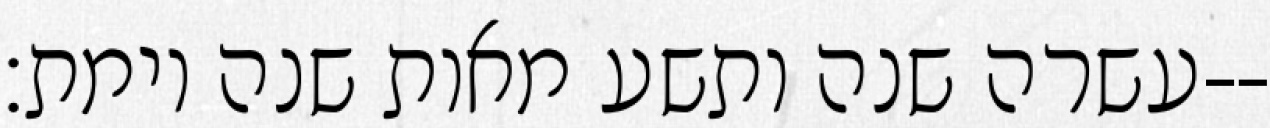
עשרה שנה ותשע מאות שנה וימת׃--